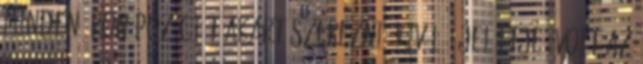
minden áron pozíciót akart szerezni, kiváló „jelöltje” volt az